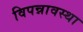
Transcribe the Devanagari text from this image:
विपन्नावस्था